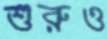
শুরুও